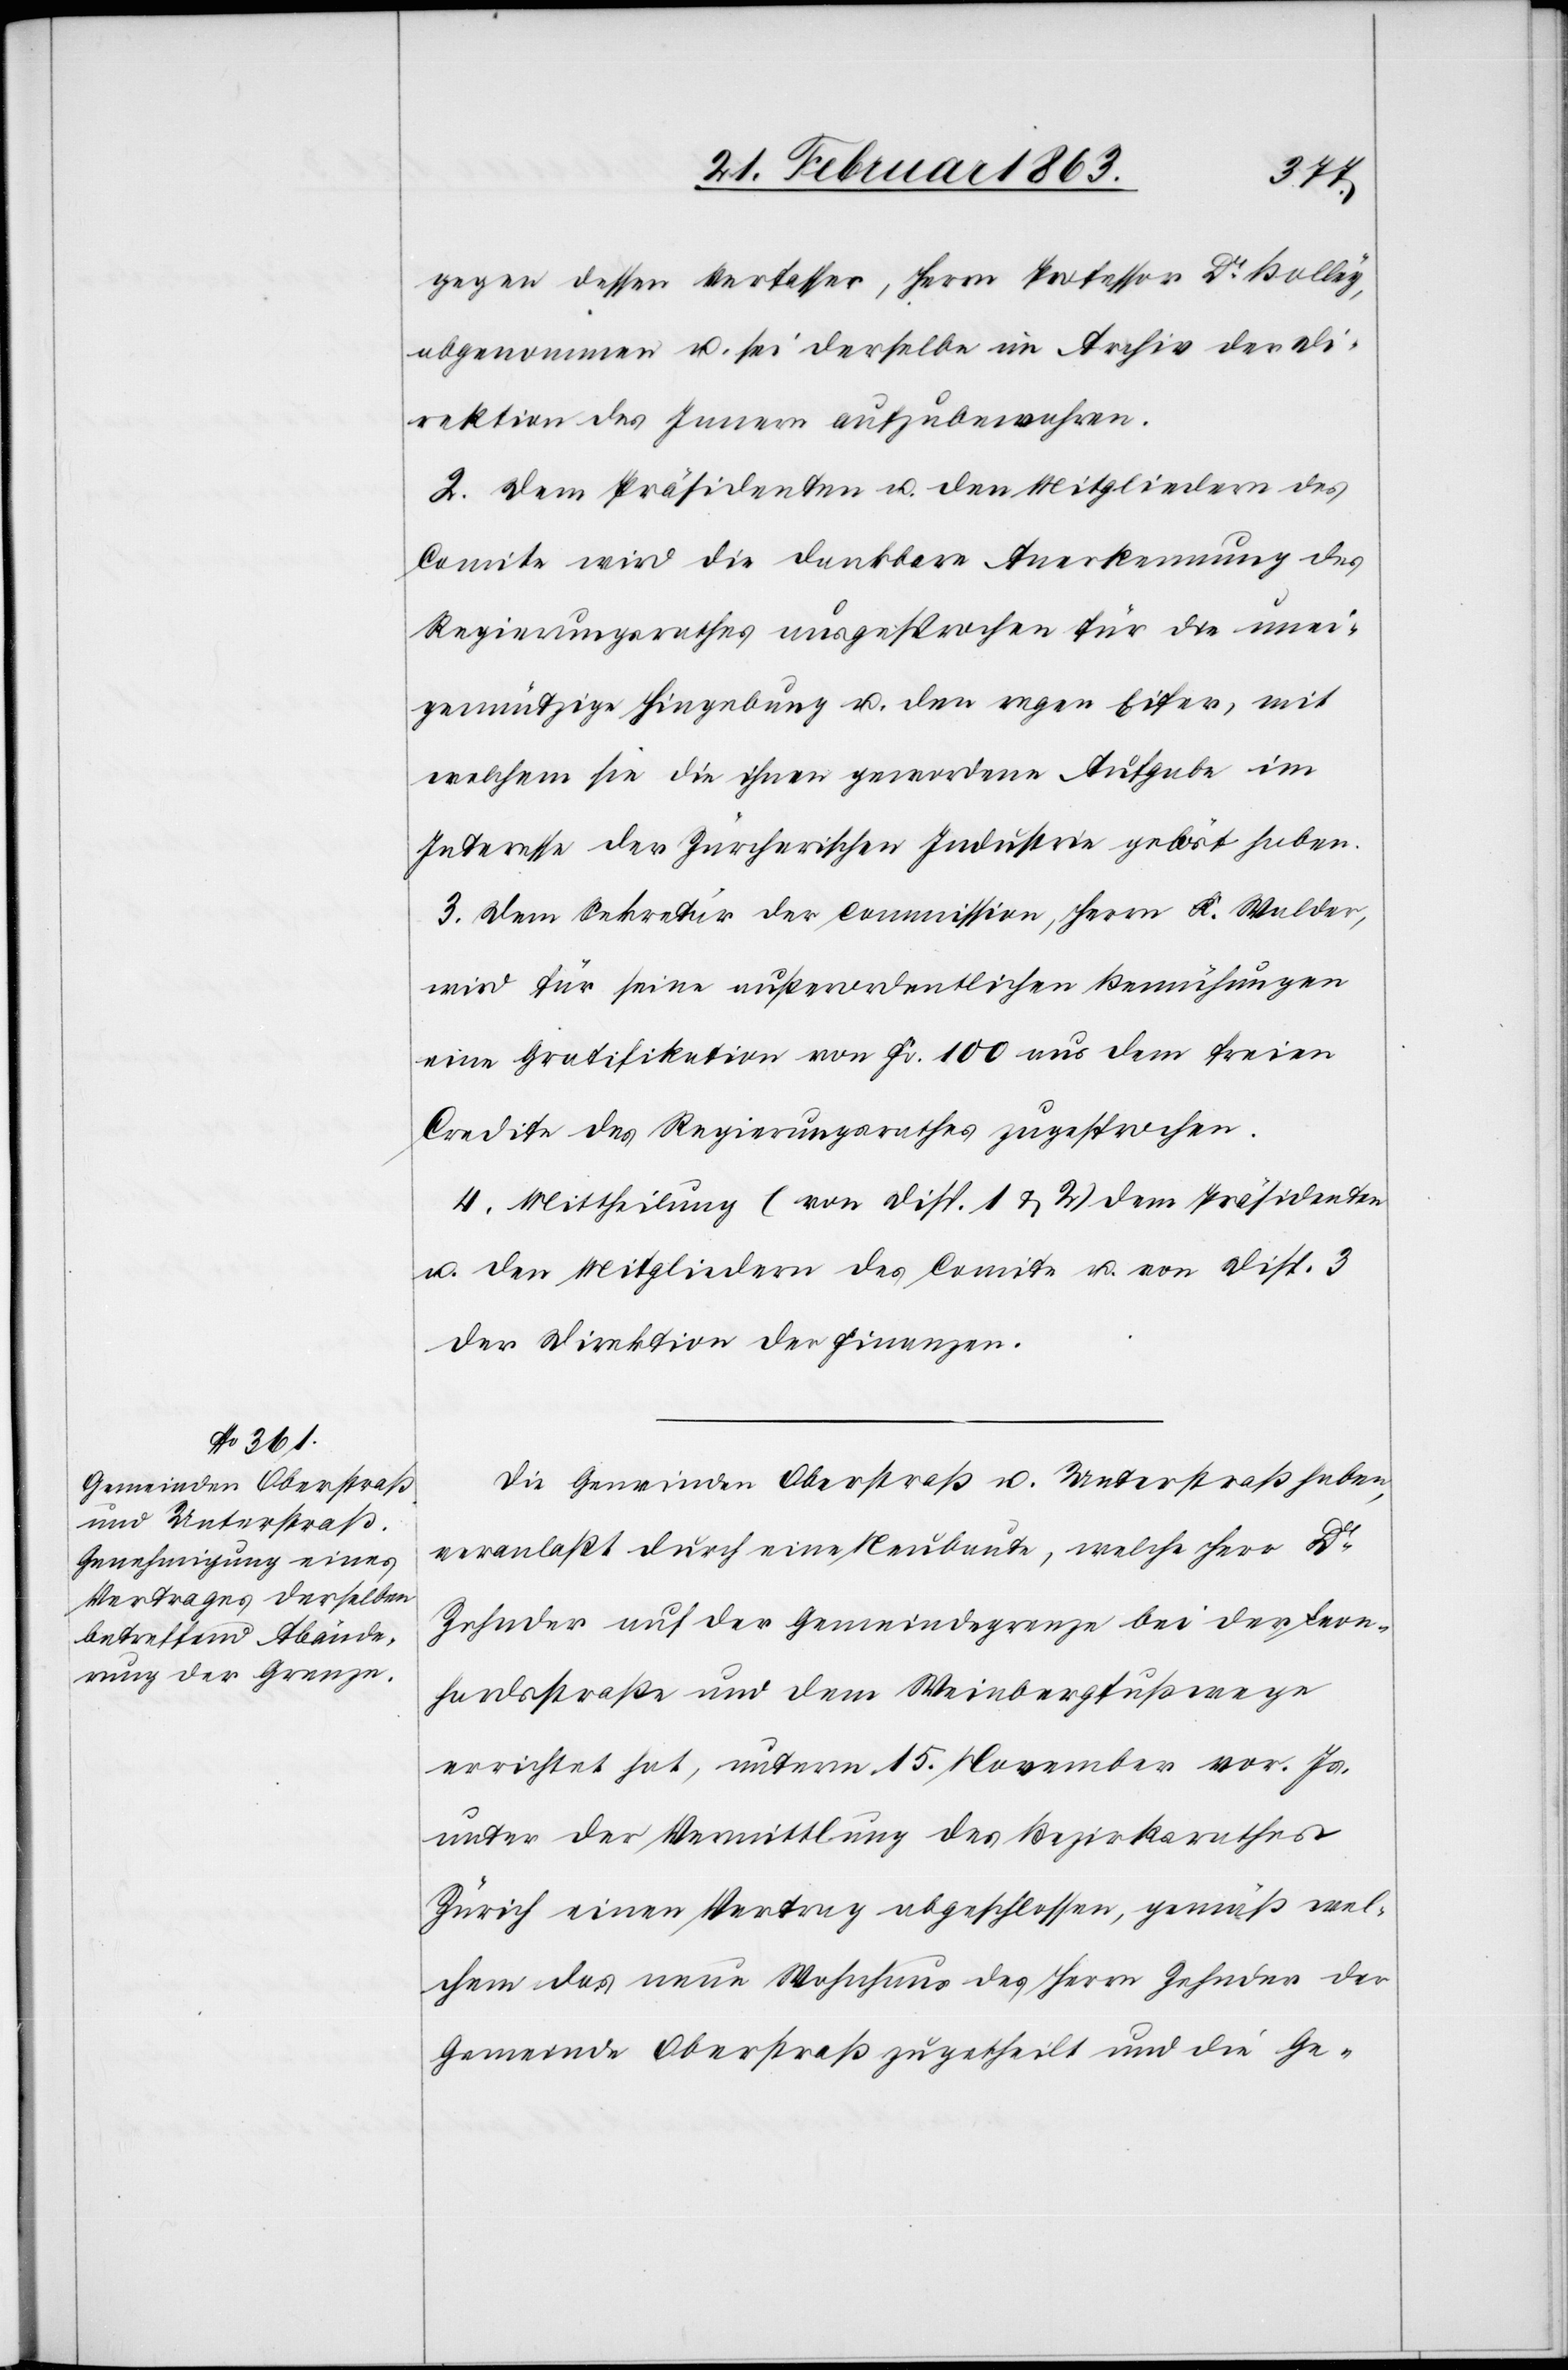
gegen dessen Verfasser, Herrn Professor Dr Bolley,
angenommen u. sei derselbe im Archiv der Di¬
rektion des Innern aufzubewahren.
2. Dem Präsidenten u. den Mitgliedern des
Comite wird die dankbare Anerkennung des
Regierungsrathes ausgesprochen für die unei¬
gennützige Hingebung u. den regen Eifer, mit
welchem sie die ihnen gewordene Aufgabe im
Interesse der Zürcherischen Industrie gelöst haben.
3. Dem Sekretär der Commission, Herrn K. Walder,
wird für seine außerordentlichen Bemühungen
eine Gratifikation von Fr. 100 aus dem freien
Credite des Regierungsrathes zugesprochen.
4. Mittheilung (von Disp. 1 & 2) dem Präsidenten
u. den Mitgliedern des Comite u. von Disp. 3
der Direktion der Finanzen.
Die Gemeinden Oberstraß u. Unterstraß haben,
veranlaßt durch eine Neubaute, welche Herr Dr
Zehnder auf der Gemeindegrenze bei der Leon¬
hardsstraße und dem Weinbergfußwege
erreichtet hat, unterm 15. November vor. Js.
unter der Vermittlung des Bezirksrathes
Zürich einen Vertrag abgeschlossen, gemäß wel¬
chem das neue Wohnhaus des Herrn Zehnder der
Gemeinde Oberstraß zugetheilt und die Ge-